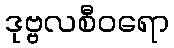
ဒုဗ္ဗလစီဝရော